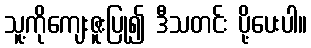
သူ့ကိုကျေးဇူးပြု၍ ဒီသတင်း ပို့ပေးပါ။